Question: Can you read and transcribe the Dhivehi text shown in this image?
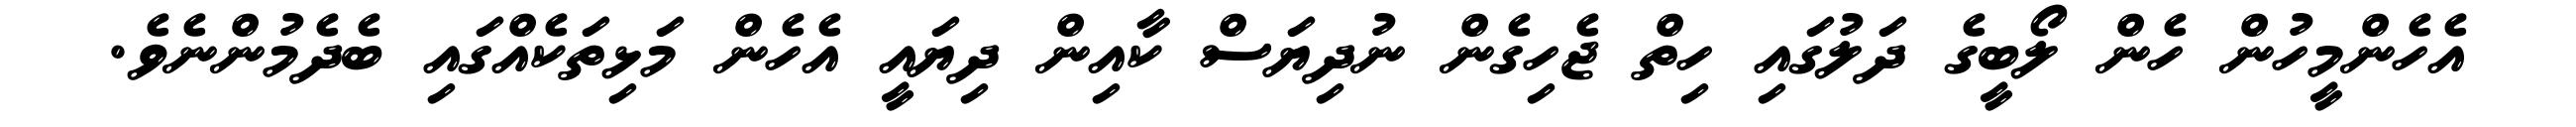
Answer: އެހެންމީހުން ހެން ލޯބީގެ ދަލުގައި ހިތް ޖެހިގެން ނުދިޔަސް ކާއިން ދިޔައީ އެހެން މަޅިތަކެއްގައި ބެދެމުންނެވެ.